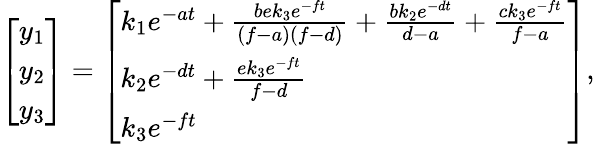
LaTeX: \left[\begin{array}{l}{y_{1}}\\ {y_{2}}\\ {y_{3}}\end{array}\right]=\left[\begin{array}{l}{k_{1}e^{-at}+\frac{bek_{3}e^{-ft}}{(f-a)(f-d)}+\frac{bk_{2}e^{-dt}}{d-a}+\frac{ck_{3}e^{-ft}}{f-a}}\\ {k_{2}e^{-dt}+\frac{ek_{3}e^{-ft}}{f-d}}\\ {k_{3}e^{-ft}}\end{array}\right],